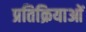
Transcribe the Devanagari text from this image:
प्रतिक्रियाआें